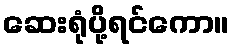
ဆေးရုံပို့ရင်ကော။